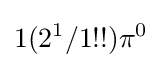
1(2^{1}/1!!)\pi ^{0}